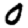
Digit: 0